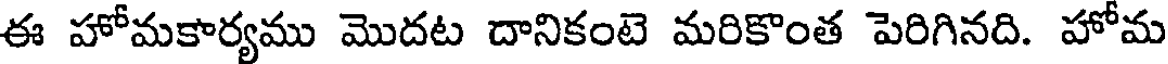
ఈ హోమకార్యము మొదట దానికంటె మరికొంత పెరిగినది. హోమ